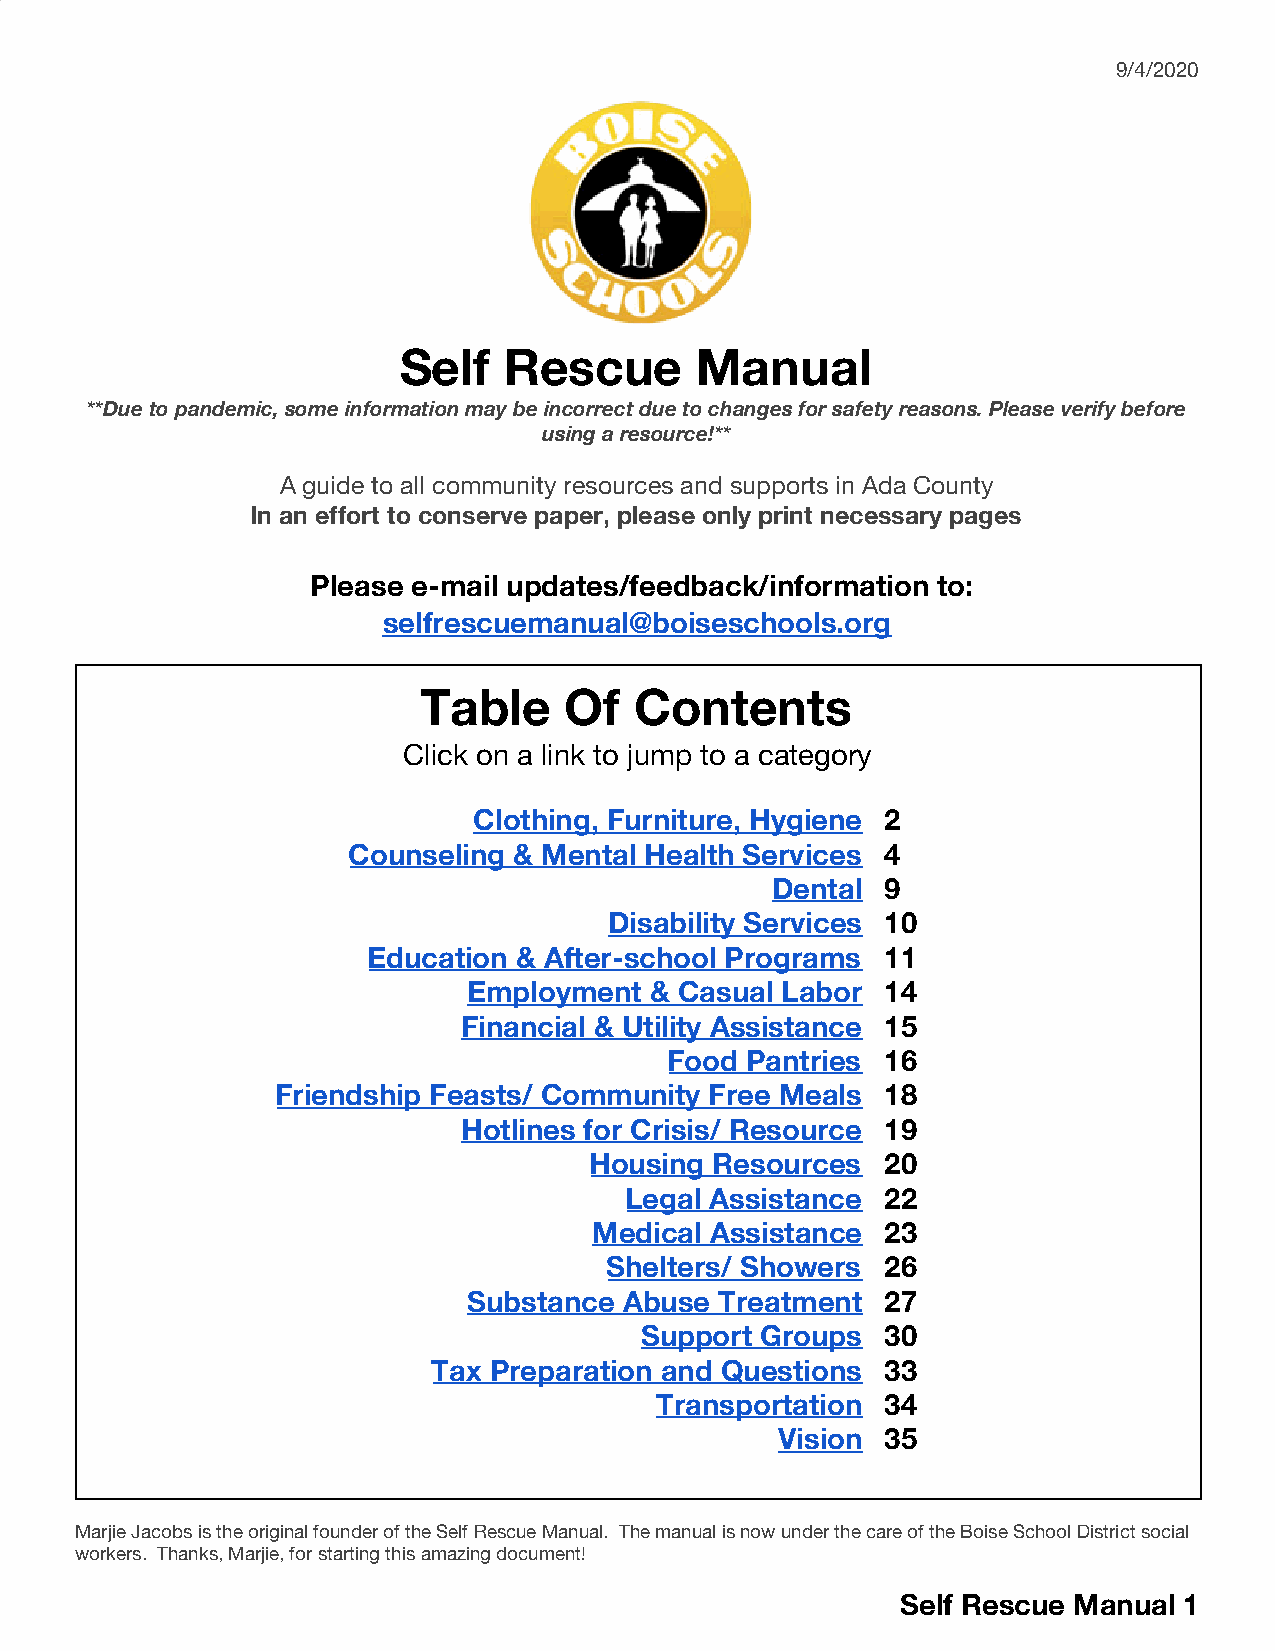
9/4/2020
 Self   Rescue       Manual
 **Due to pandemic, some information may be incorrect due to changes for safety reasons. Please verify before
 using a resource!**
 A guide to all community resources and supports in Ada County
 In an effort to conserve paper, please only print necessary pages
 Please e-mail updates/feedback/information to:
 ​
 selfrescuemanual@boiseschools.org
 Table    Of   Contents
 Click on a link to jump to a category
 Clothing, Furniture, Hygiene 2
 Counseling & Mental Health Services 4
 Dental  9
 Disability Services 10
 ​
 Education & After-school Programs  11
 Employment  & Casual Labor  14
 Financial & Utility Assistance 15
 Food Pantries  16
 Friendship Feasts/ Community Free Meals  18
 Hotlines for Crisis/ Resource 19
 Housing Resources   20
 Legal Assistance  22
 Medical Assistance  23
 Shelters/ Showers  26
 Substance Abuse  Treatment  27
 Support Groups   30
 Tax Preparation and Questions 33
 Transportation  34
 Vision 35
 Marjie Jacobs is the original founder of the Self Rescue Manual. The manual is now under the care of the Boise School District social
 workers. Thanks, Marjie, for starting this amazing document!
 Self Rescue Manual 1